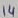
Text: 14